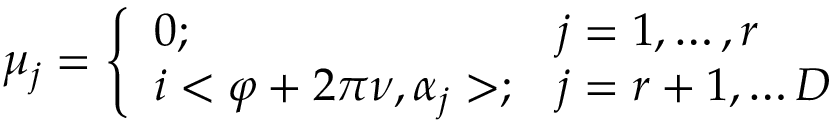
\mu _ { j } = \left\{ \begin{array} { l l } { { 0 ; } } & { { j = 1 , \ldots , r } } \\ { { i < \varphi + 2 \pi \nu , \alpha _ { j } > ; } } & { { j = r + 1 , \ldots D } } \end{array} \right.